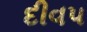
દીવ૫